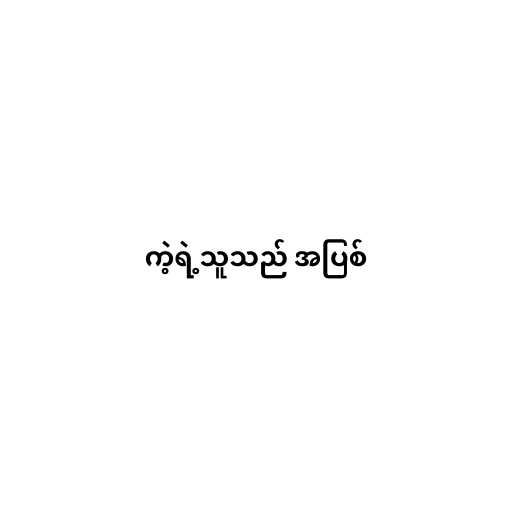
ကဲ့ရဲ့သူသည် အပြစ်